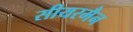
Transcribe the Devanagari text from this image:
सीयरमैन